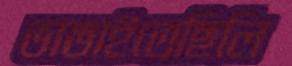
ভাঙাইতেছিলি